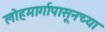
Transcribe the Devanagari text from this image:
लोहमार्गापासूनच्या